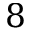
8